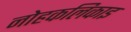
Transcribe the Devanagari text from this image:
नोहकलिकाइ